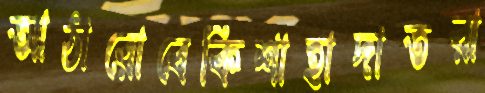
আঠারোবেকিশাহাদাতরা